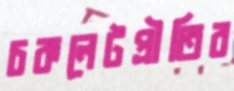
চকলেটপ্রীতির